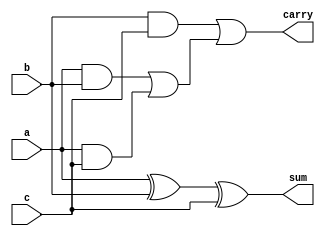
module fulladder(a,b,c,sum,carry);
input a,b,c;
output sum,carry;
wire w1,w2,w3,w4,w5;
xor xor_0 (w1,a,b);
xor xor_1(sum,w1,c);
and and_0(w2,a,b);
and and_1 (w3,a,c);
and and_2 (w4,b,c);
or  or_0 (w5,w2,w3);
or  or_1 (carry,w4,w5);

endmodule